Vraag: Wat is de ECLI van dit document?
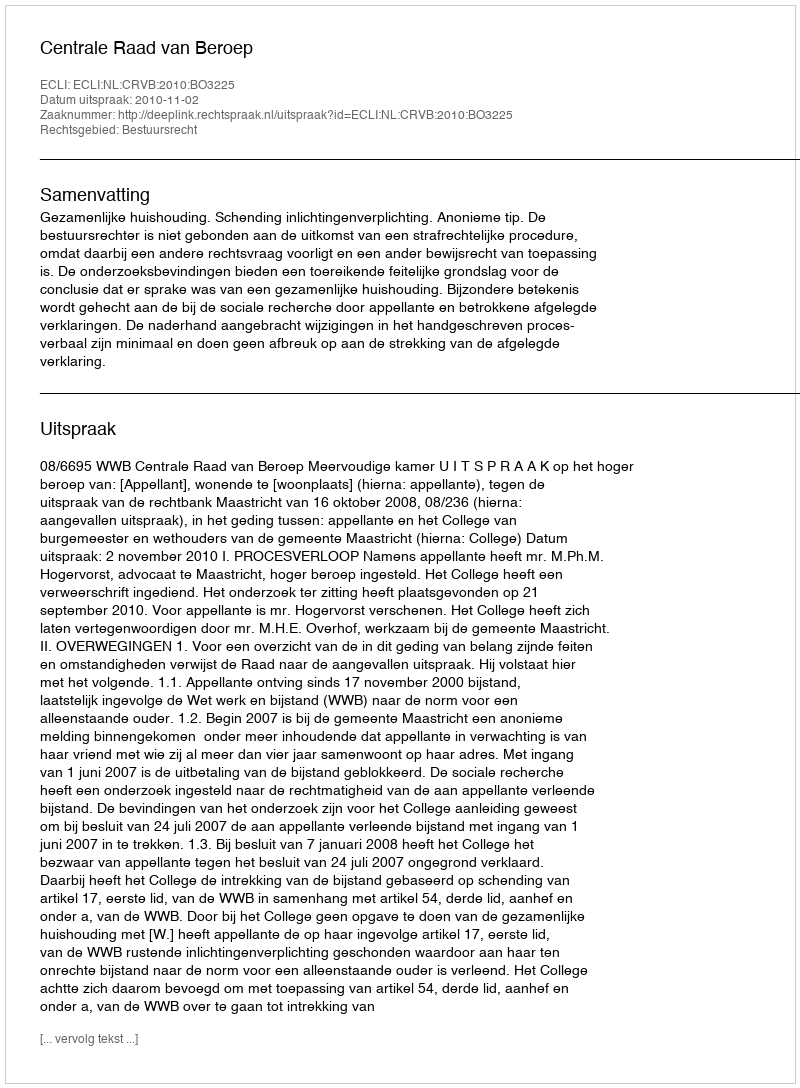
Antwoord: ECLI:NL:CRVB:2010:BO3225